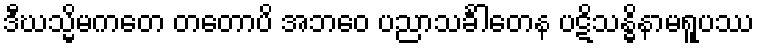
ဒီဃသ္မိမကတေ တတောပိ အဘဝေ ပညာသင်္ခါတေန ပဋိသန္ဓိနာမရူပဿ